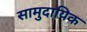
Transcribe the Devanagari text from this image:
सामुदायिक